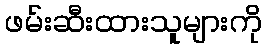
ဖမ်းဆီးထားသူများကို